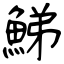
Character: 鮷